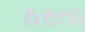
ઠરતા